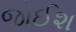
જોઈશ